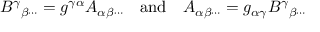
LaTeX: B ^ { \gamma } { } _ { \beta \cdots } = g ^ { \gamma \alpha } A _ { \alpha \beta \cdots } \quad { \mathrm { a n d } } \quad A _ { \alpha \beta \cdots } = g _ { \alpha \gamma } B ^ { \gamma } { } _ { \beta \cdots }